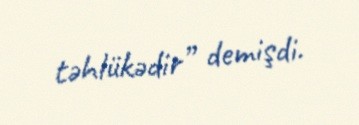
təhlükədir” demişdi.